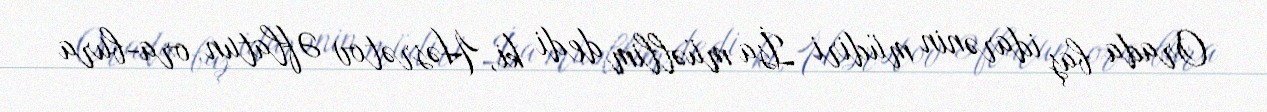
Orada baş idarənin müdiri İsa müəllim dedi ki, Həsrətov Əflatun ora-bura